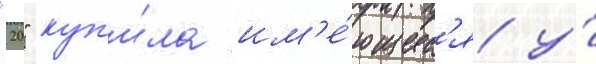
"20" куп'и́ла им'е́ющиес'я у́